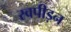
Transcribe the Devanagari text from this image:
स्वपीड़न